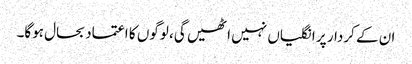
ان کے کردار پر انگلیاں نہیں اٹھیں گی، لوگوں کا اعتماد بحال ہوگا۔